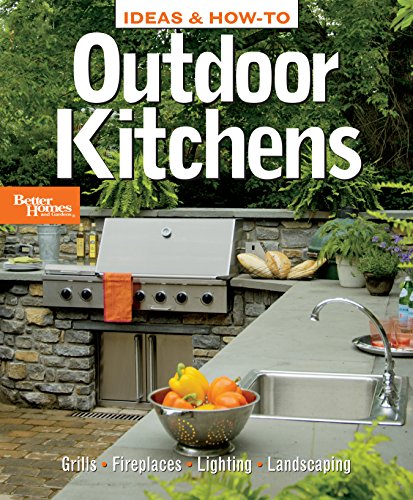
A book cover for Ideas & How-To: Outdoor Kitchens (Better Homes and Gardens) (Better Homes and Gardens Home); Better Homes and Gardens; Crafts, Hobbies & Home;